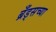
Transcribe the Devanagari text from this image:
ब्रँड्सच्या